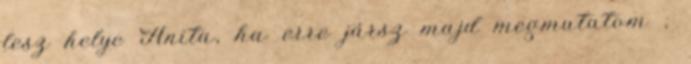
lesz helye Anita, ha erre jársz majd megmutatom ;